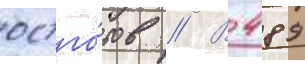
остго́тов // В 489